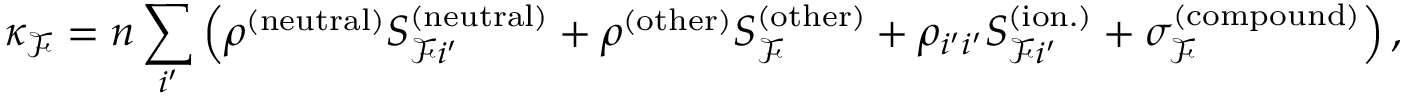
\kappa _ { \mathcal { F } } = n \sum _ { i ^ { \prime } } \left( \rho ^ { ( \mathrm { n e u t r a l } ) } S _ { \mathcal { F } i ^ { \prime } } ^ { ( \mathrm { n e u t r a l } ) } + \rho ^ { \mathrm { ( o t h e r ) } } S _ { \mathcal { F } } ^ { \mathrm { ( o t h e r ) } } + \rho _ { i ^ { \prime } i ^ { \prime } } S _ { \mathcal { F } i ^ { \prime } } ^ { ( \mathrm { i o n . } ) } + \sigma _ { \mathcal { F } } ^ { ( \mathrm { c o m p o u n d } ) } \right) ,